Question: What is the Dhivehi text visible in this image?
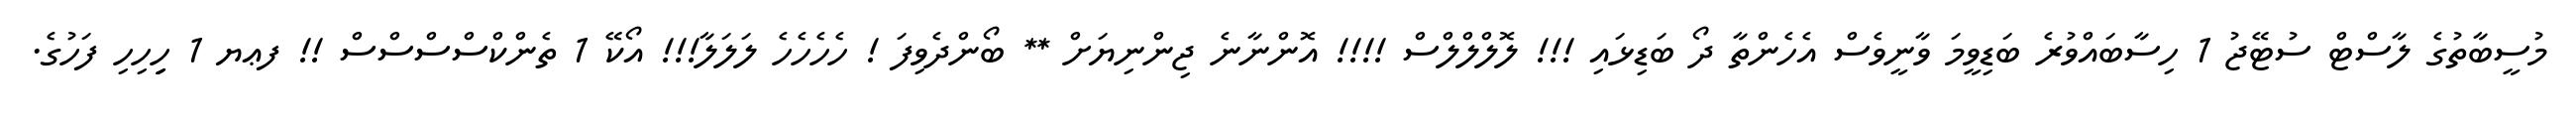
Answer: މުސީބާތުގެ ލާސްޓް ސުޓޭޖު 1 ހިސާބައްވުރެ ބަޑިވީމަ ވާނީވެސް އެހެންތާ ދޯ ބަޑިޅައި !!! ލޮލްލްލްސް !!!! އޮންނާނެ ޖިންނިޔަށް ** ބޯންދެވިފަ ! ހެހެހެހެ ލަލަލާ!!! އޯކޭ 1 ތެންކްސްސްސްސް !! ފޢޔ 1 ހިިިިހިހި ފަހުގެ.